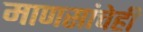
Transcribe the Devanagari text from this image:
माणसांचेही